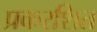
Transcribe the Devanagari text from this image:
प्रकरशित